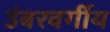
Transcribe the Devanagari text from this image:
उंबरवर्गीय